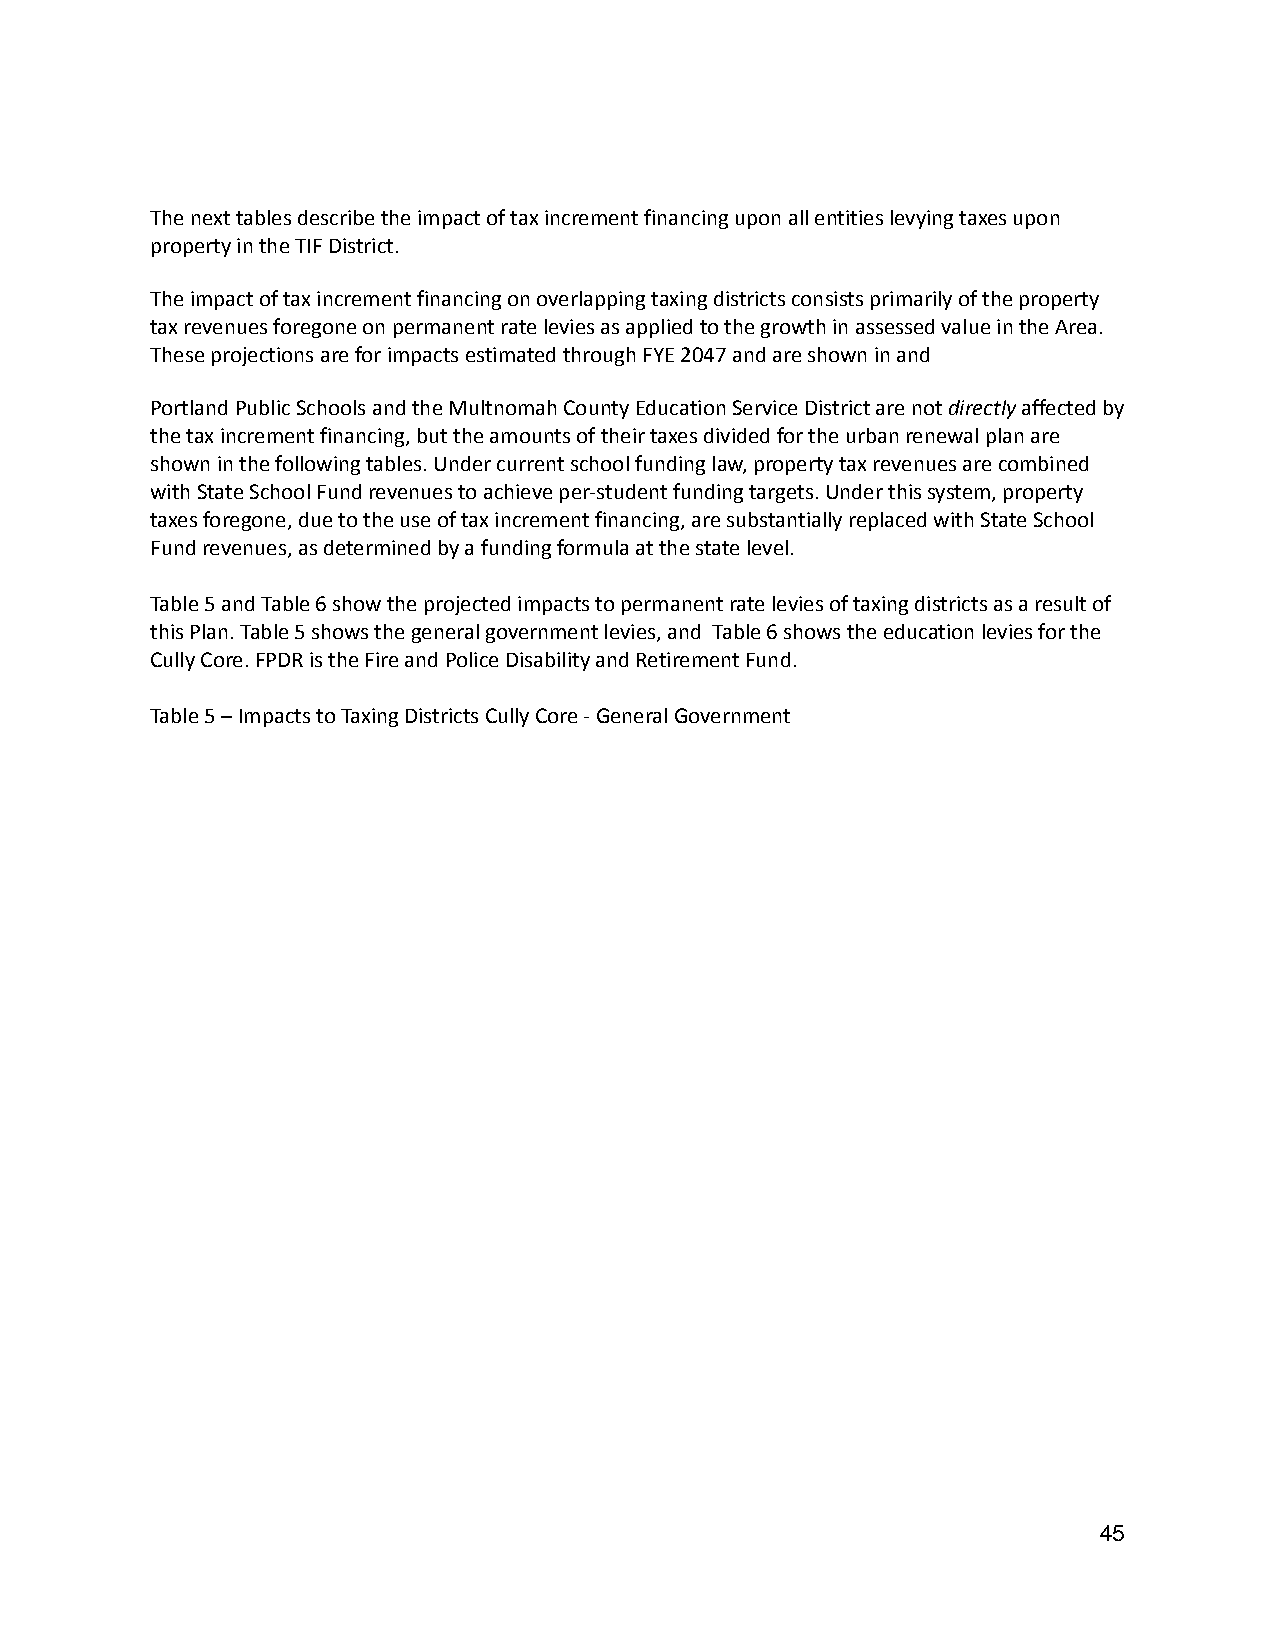
The next tables describe the impact of tax incrementfinancing upon all entities levying taxes upon
 property in the TIF District.
 The impact of tax increment financing on overlappingtaxing districts consists primarily of the property
 tax revenues foregone on permanent rate levies asapplied to the growth in assessed value in the Area.
 These projections are for impacts estimated throughFYE 2047 and are shown in and
 Portland Public Schools and the Multnomah County EducationService District are notdirectlyaffected by
 the tax increment financing, but the amounts of theirtaxes divided for the urban renewal plan are
 shown in the following tables. Under current schoolfunding law, property tax revenues are combined
 with State School Fund revenues to achieve per-studentfunding targets. Under this system, property
 taxes foregone, due to the use of tax increment financing,are substantially replaced with State School
 Fund revenues, as determined by a funding formulaat the state level.
 Table 5 and Table 6 show the projected impacts topermanent rate levies of taxing districts as a resultof
 this Plan. Table 5 shows the general government levies,and Table 6 shows the education levies for the
 Cully Core. FPDR is the Fire and Police Disabilityand Retirement Fund.
 Table 5 – Impacts to Taxing Districts Cully Core -General Government
 45